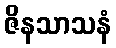
ဇိနသာသနံ